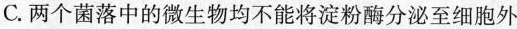
C.两个菌落中的微生物均不能将淀粉酶分泌至细胞外